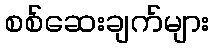
စစ်ဆေးချက်များ